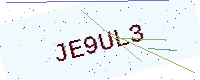
Text: JE9UL3